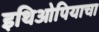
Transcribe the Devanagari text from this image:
इथिओपियाचा